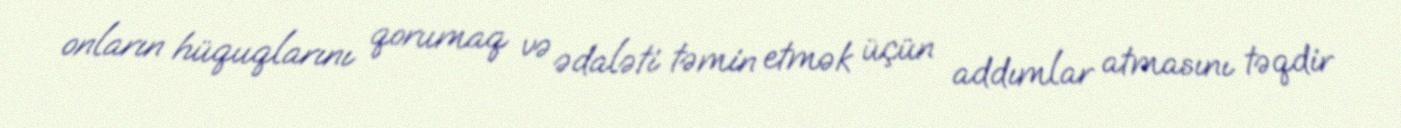
onların hüquqlarını qorumaq və ədaləti təmin etmək üçün addımlar atmasını təqdir